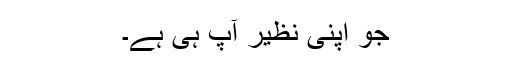
جو اپنی نظیر آپ ہی ہے۔